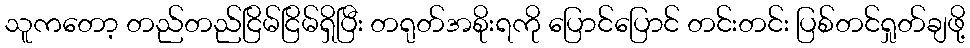
သူကတော့ တည်တည်ငြိမ်ငြိမ်ရှိပြီး တရုတ်အစိုးရကို ပြောင်ပြောင် တင်းတင်း ပြစ်တင်ရှုတ်ချဖို့